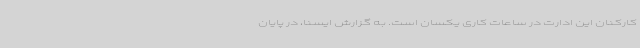
کارکنان این ادارت در ساعات کاری یکسان است. به گزارش ایسنا، در پایان